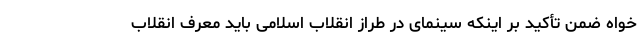
خواه ضمن تأکید بر اینکه سینمای در طراز انقلاب اسلامی باید معرف انقلاب